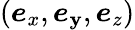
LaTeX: (\boldsymbol{e}_{x},\boldsymbol{e}_{\mathbf{y}},\boldsymbol{e}_{z})